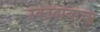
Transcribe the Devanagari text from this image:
रक्तदाबाचा